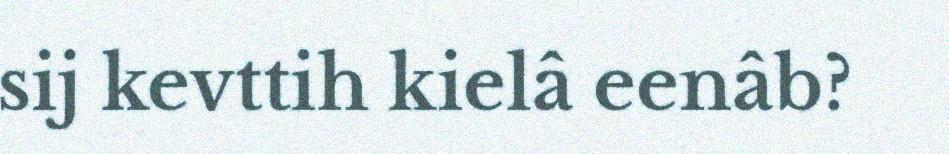
sij kevttih kielâ eenâb?